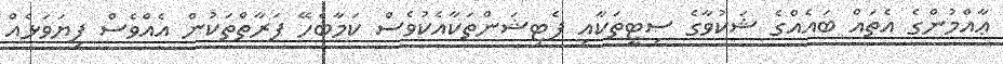
ޢާއްމުންގެ އެތައް ބައެއްގެ ޝަކުވާގެ ސިޓީތަކާއި ފެޓިޝަންތަކާއެކުވެސް ކަމާބެހޭ ފަރާތްތަކުން އެއްވެސް ފިޔަވަޅެއް